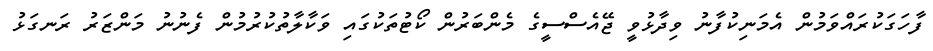
ފާހަގަކުރައްވަމުން އެމަނިކުފާނު ވިދާޅުވީ ޖޭއެސްސީގެ މެންބަރުން ކޯޓުތަކުގައި ވަކާލާތުކުރުމުން ފެނުނު މަންޒަރު ރަނގަޅު